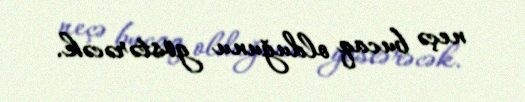
neçə bucaq olduğunu göstərəcək.